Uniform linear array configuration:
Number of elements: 8
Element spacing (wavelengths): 0.5
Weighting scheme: hann
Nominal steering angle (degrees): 0
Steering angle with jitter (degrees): -1.181
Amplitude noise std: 0.05
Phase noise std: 0.05

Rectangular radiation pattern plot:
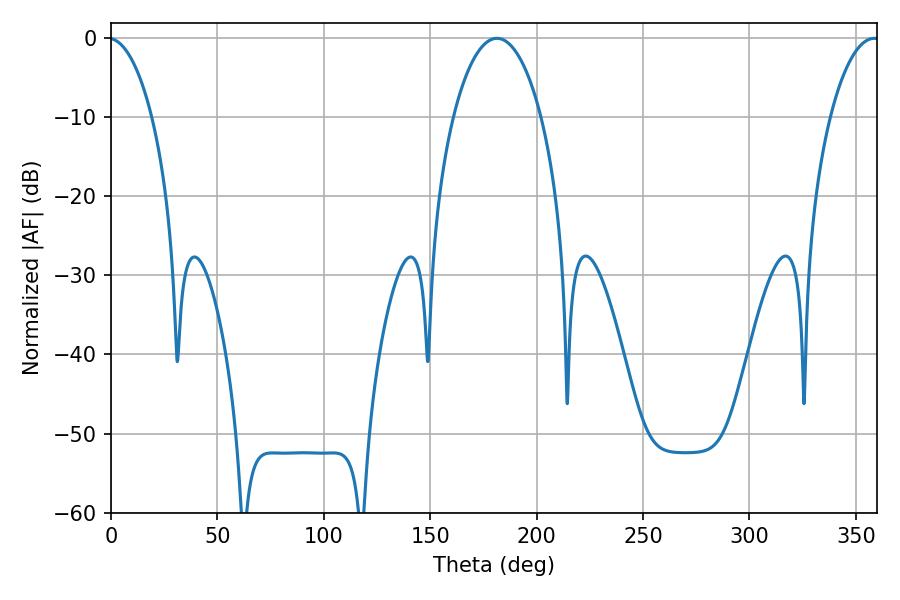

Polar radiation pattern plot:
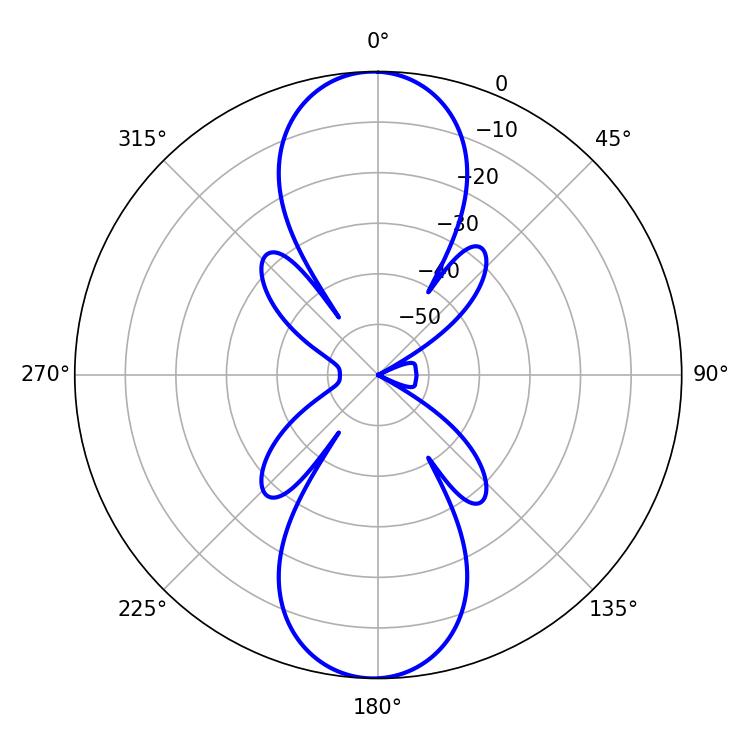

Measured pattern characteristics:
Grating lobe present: FALSE
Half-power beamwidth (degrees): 12.96
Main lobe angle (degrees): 358.74